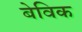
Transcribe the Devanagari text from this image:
बेविक